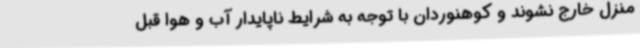
منزل خارج نشوند و کوهنوردان با توجه به شرایط ناپایدار آب و هوا قبل